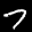
Label: 7